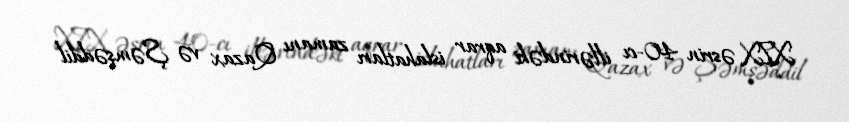
XIX əsrin 40-cı illərindəki aqrar islahatları zamanı Qazax və Şəmşəddil